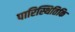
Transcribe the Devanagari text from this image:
पारिस्थितिकि